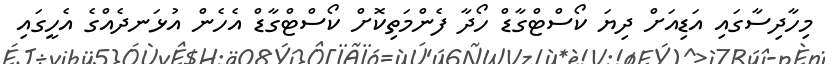
މިހާދިސާގައި އަޑިއަށް ދިޔަ ކޯސްޓްގާޑް ހޯދާ ފެންމަތިކޮށް ކޯސްޓްގާޑް އެހެން އުޅަނދެއްގެ އެހީގައި